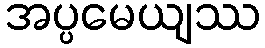
အပ္ပမေယျဿ